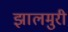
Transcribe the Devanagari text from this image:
झालमुरी